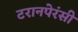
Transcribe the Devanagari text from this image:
टरानपेरंसी